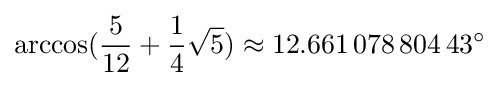
\arccos({\frac {5}{12}}+{\frac {1}{4}}{\sqrt {5}})\approx 12.661\,078\,804\,43^{\circ }